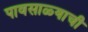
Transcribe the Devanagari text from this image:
पावसाळ्याची